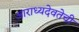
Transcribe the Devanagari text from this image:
आराध्यदेवतेची